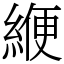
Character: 緶